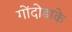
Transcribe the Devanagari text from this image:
गोंदोडाके